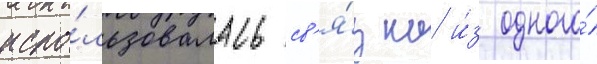
испо́льзовалась св'я́зка и́з одного́